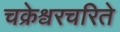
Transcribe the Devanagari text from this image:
चक्रेश्वरचरिते